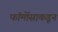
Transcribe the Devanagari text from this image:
फॉर्मोसाकडून